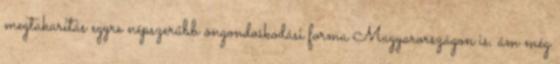
megtakarítás egyre népszerűbb öngondoskodási forma Magyarországon is, ám még